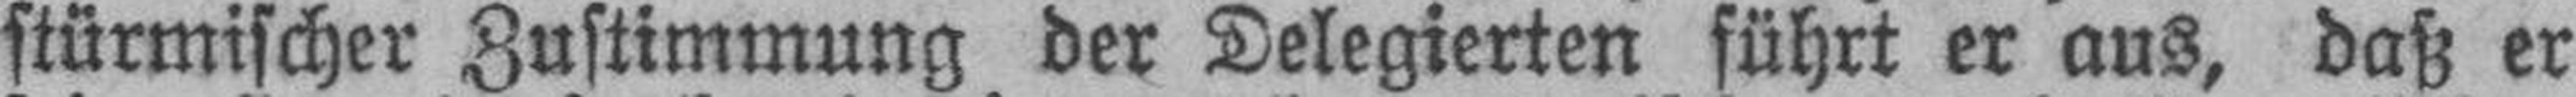
stürmischer Zustimmung der Delegierten führt er aus, daß er